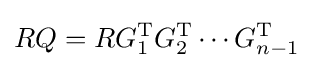
RQ=RG_{1}^{\mathrm {T} }G_{2}^{\mathrm {T} }\dotsb G_{n-1}^{\mathrm {T} }